Indian journal of veterinary science and animal husbandry - Volume 5,
Year: 1935
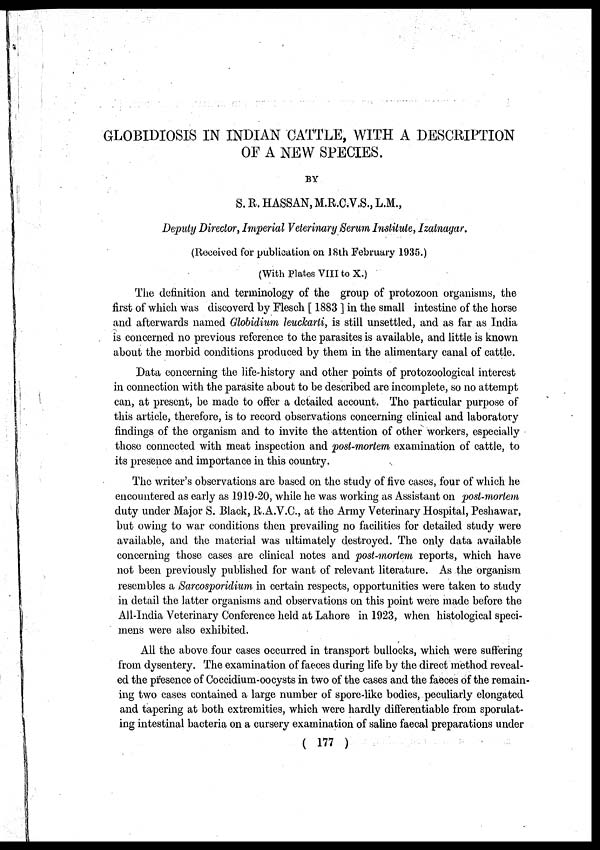
GLOBIDIOSIS IN INDIAN CATTLE, WITH A DESCRIPTION
OF A NEW SPECIES.
BY
S. R. HASSAN, M.R.C.V.S., L.M.,
Deputy Director, Imperial Veterinary Serum Institute, Izatnagar.
(Received for publication on 18th February 1935.)
(With Plates VIII to X.)
The definition, and terminology of the group of protozoon organisms, the
first of which was discoverd by Flesch [ 1883 ] in the small intestine of the horse
and afterwards named Globidium leuckarti, is still unsettled, and as far as India
is concerned no previous reference to the parasites is available, and little is known
about the morbid conditions produced by them in the alimentary canal of cattle.
Data concerning the life-history and other points of protozoological interest
in connection with the parasite about to be described are incomplete, so no attempt
can, at present, be made to offer a detailed account. The particular purpose of
this article, therefore, is to record observations concerning clinical and laboratory
findings of the organism and to invite the attention of other workers, especially
those connected with meat inspection and post-mortem examination of cattle, to
its presence and importance in this country.
The writer's observations are based on the study of five cases, four of which he
encountered as early as 1919-20, while he was working as Assistant on post-mortem
duty under Major S. Black, R.A.V.C., at the Army Veterinary Hospital, Peshawar,
but owing to war conditions then prevailing no facilities for detailed study were
available, and the material was ultimately destroyed. The only data available
concerning those cases are clinical notes and post-mortem reports, which have
not been previously published for want of relevant literature. As the organism
resembles a Sarcosporidium in certain respects, opportunities were taken to study
in detail the latter organisms and observations on this point were made before the
All-India Veterinary Conference held at Lahore in 1923, when histological speci-
mens were also exhibited.
All the above four cases occurred in transport bullocks, which were suffering
from dysentery. The examination of faeces during life by the direct method reveal-
ed the presence of Coccidium-oocysts in two of the cases and the faeces of the remain-
ing two cases contained a large number of spore-like bodies, peculiarly elongated
and tapering at both extremities, which were hardly differentiable from sporulat-
ing intestinal bacteria on a cursery examination of saline faecal preparations under
( 177 )